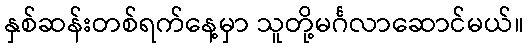
နှစ်ဆန်းတစ်ရက်နေ့မှာ သူတို့မင်္ဂလာဆောင်မယ်။